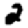
Digit: 2